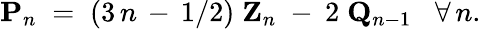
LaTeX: {\mathbf P}_{n}\; =\; (3\, n\, -\, 1/2)\; {\mathbf Z}_{n}\; -\: 2\; {\mathbf Q}_{n-1}\; \; \; \forall\, n.